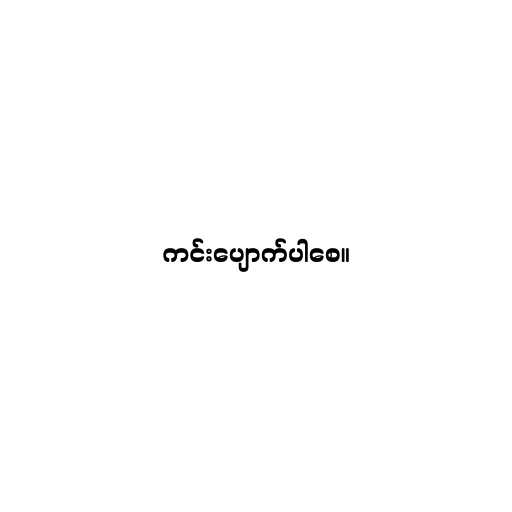
ကင်းပျောက်ပါစေ။